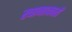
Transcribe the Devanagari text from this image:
रचानाकारों